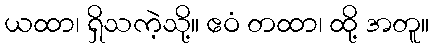
ယထာ၊ ရှိသကဲ့သို့။ ဧဝံ တထာ၊ ထို့ အတူ။